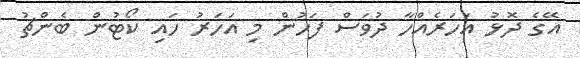
އޭގެ ދޮޅު އަހަރެއްހާ ދުވަސް ފަހުން މި އަހަރު ހައި ކޯޓުން ބެންޗު